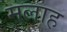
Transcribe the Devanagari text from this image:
मलाह